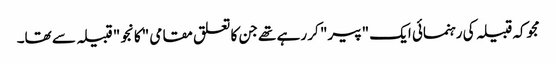
مجوکہ قبیلہ کی رہنمائی ایک "پیر" کر رہے تھے جن کا تعلق مقامی "کانجو" قبیلہ سے تھا۔